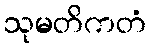
သုမတိကတံ